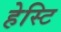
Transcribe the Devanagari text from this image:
हेस्टि